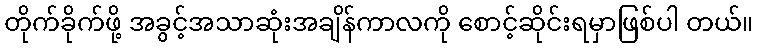
တိုက်ခိုက်ဖို့ အခွင့်အသာဆုံးအချိန်ကာလကို စောင့်ဆိုင်းရမှာဖြစ်ပါ တယ်။